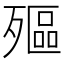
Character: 𣩛